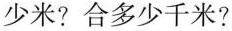
少米?合多少千米?